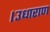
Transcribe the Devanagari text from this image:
।उधाराण